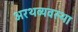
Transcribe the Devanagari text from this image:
अरथव्यवस्था